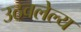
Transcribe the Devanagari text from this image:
उठवलेल्य